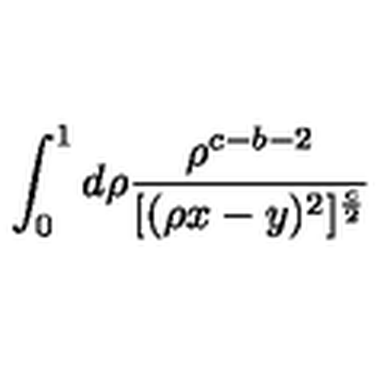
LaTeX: \int _ { 0 } ^ { 1 } d \rho \frac { \rho ^ { c - b - 2 } } { [ ( \rho x - y ) ^ { 2 } ] ^ { \frac { c } { 2 } } }